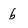
Character: b